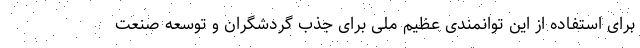
برای استفاده از این توانمندی عظیم ملی برای جذب گردشگران و توسعه صنعت